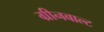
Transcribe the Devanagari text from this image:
ग्रीनबाल्ट